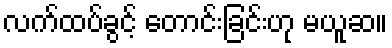
လက်ထပ်ခွင့် တောင်းခြင်းဟု မယူဆ။